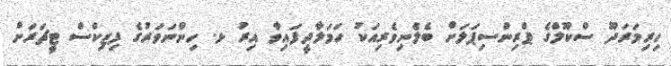
ހިރިމަރަދޫ ސްކޫލްގެ ޕްރިންސިޕަލަށް ބެލެނިވެރިއަކު ހަމަލާދީފައިވާ އިރު ޅ. ހިންނަވަރުގެ ފިޒިކްސް ޓީޗަރަށް